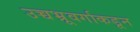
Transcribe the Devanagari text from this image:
उच्चभ्रूवर्गाकडून